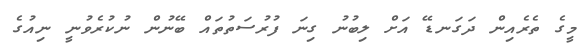
މީގެ ތެރެއިން ދަގަނޑޭ އަށް ލިބުނު ގިނަ ފުރުސަތުތައް ބޭނުން ނުކުރެވުނީ ނިއުގެ